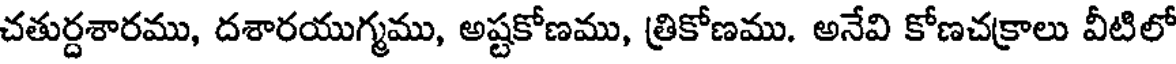
చతుర్దశారము, దశారయుగ్మము, అష్టకోణము, త్రికోణము. అనేవి కోణచక్రాలు వీటిలో